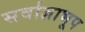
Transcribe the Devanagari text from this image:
सर्वाज्ञाभूप